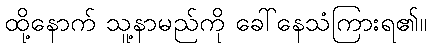
ထို့နောက် သူ့နာမည်ကို ခေါ်နေသံကြားရ၏။